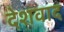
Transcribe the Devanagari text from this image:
देशवाद